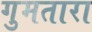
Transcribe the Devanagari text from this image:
गुमतारा